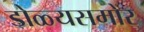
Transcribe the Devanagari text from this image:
डोळ्यसमोर